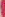
)